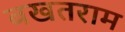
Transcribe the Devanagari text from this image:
बखतराम